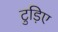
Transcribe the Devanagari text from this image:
टुड़िए